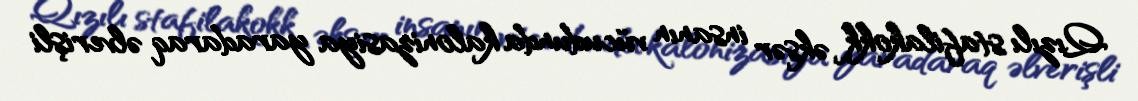
Qızılı stafilakokk əksər insanın vücudunda kalonizasiya yaradaraq əlverişli